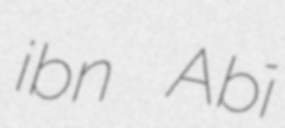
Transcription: ibn Abī